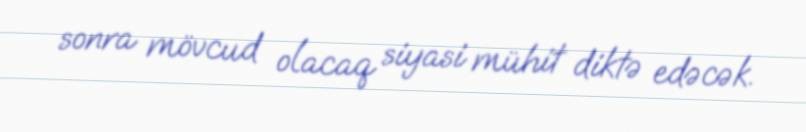
sonra mövcud olacaq siyasi mühit diktə edəcək.